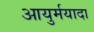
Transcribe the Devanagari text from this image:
आयुर्मयादा